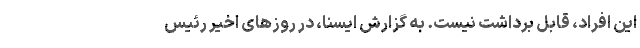
این افراد، قابل برداشت نیست. به گزارش ایسنا، در روزهای اخیر رئیس